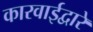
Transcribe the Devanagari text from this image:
कारवाईद्वारे